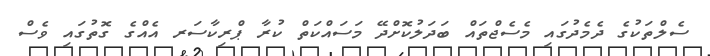
ސެލްތަކުގެ ދެމެދުގައި މެސެޖްތައް ބަދަލުކޮށްދޭ މަސައްކަތް ކުރާ ޕްރިކާސަރ އެއްގެ ގޮތުގައި ވެސް